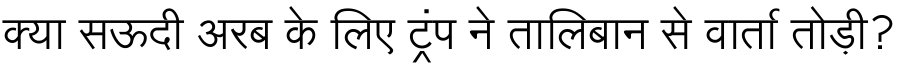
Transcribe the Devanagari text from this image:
क्या सऊदी अरब के लिए ट्रंप ने तालिबान से वार्ता तोड़ी?